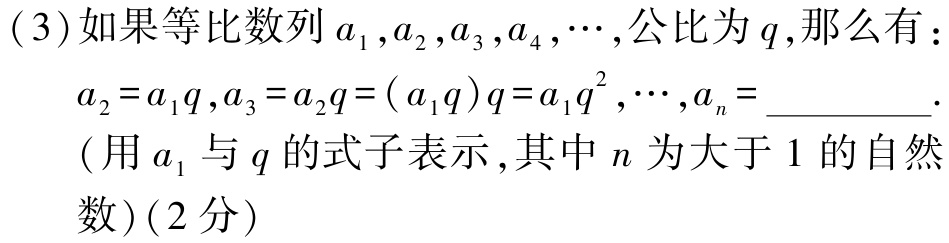
(3)如果等比数列\(a_{1},a_{2},a_{3},a_{4},\cdots\),公比为\(q\),那么有：

\(a_{2}=a_{1}q,a_{3}=a_{2}q=(a_{1}q)q=a_{1}q^{2},\cdots,a_{n}=\underline{\qquad\qquad}\).

(用\(a_{1}\)与\(q\)的式子表示,其中\(n\)为大于\(1\)的自然数)(2分)